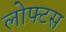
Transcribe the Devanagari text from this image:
लोफ्टस